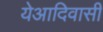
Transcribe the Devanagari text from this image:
येआदिवासी